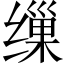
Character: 缫